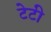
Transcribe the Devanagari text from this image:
टेटी